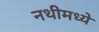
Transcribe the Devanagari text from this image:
नथीमध्ये